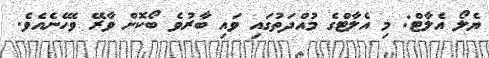
ޔެލޯ އެލާޓް: މި އެލާޓްގެ މުއްދަތުގައި ވައި ބާރުވެ ބޯކޮށް ވާރޭ ވެހޭނެއެވެ.